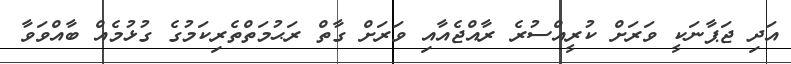
އަދި ޖަޕާނަކީ ވަރަށް ކުރީއްސުރެ ރާއްޖެއާއި ވަރަށް ގާތް ރަޙުމަތްތެރިކަމުގެ ގުޅުމެއް ބާއްވަވާ